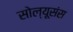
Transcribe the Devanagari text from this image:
सोल्यूसंस